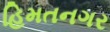
હિમતનગર